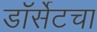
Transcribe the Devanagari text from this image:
डॉर्सेटचा